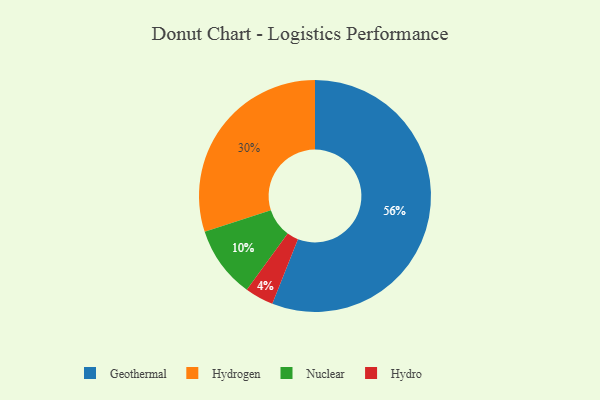
{"axis": {"x": "Category", "y": "Percentage"}, "legend": ["Geothermal", "Hydro", "Hydrogen", "Nuclear"], "data": [{"x": "Hydrogen", "y": 30, "type": "Hydrogen"}, {"x": "Hydro", "y": 4, "type": "Hydro"}, {"x": "Geothermal", "y": 56, "type": "Geothermal"}, {"x": "Nuclear", "y": 10, "type": "Nuclear"}]}